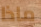
ماذا